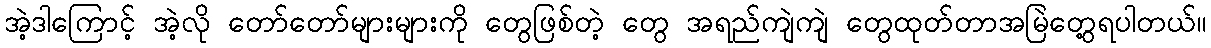
အဲ့ဒါကြောင့် အဲ့လို တော်တော်များများကို တွေဖြစ်တဲ့ တွေ အရည်ကျဲကျဲ တွေထုတ်တာအမြဲတွေ့ရပါတယ်။